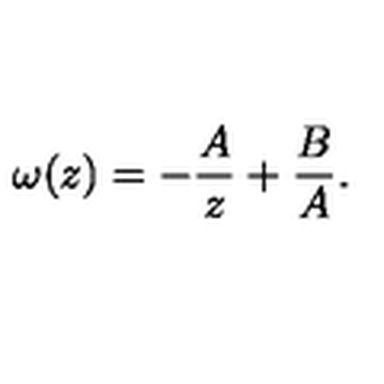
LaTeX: \omega ( z ) = - \frac { A } { z } + \frac { B } { A } .